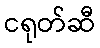
ငရုတ်ဆီ